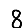
Digit: 8